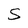
Character: S